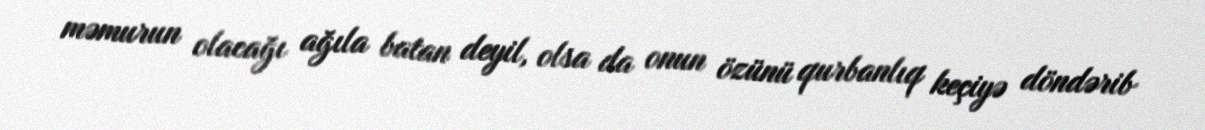
məmurun olacağı ağıla batan deyil, olsa da onun özünü qurbanlıq keçiyə döndərib